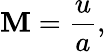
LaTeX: \mathbf{M}={\frac{{u}}{{a}}},